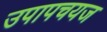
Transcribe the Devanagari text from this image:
उपापचयज